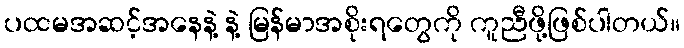
ပထမအဆင့်အနေနဲ့ နဲ့ မြန်မာအစိုးရတွေကို ကူညီဖို့ဖြစ်ပါတယ်။